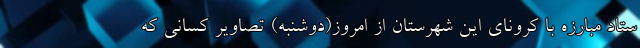
ستاد مبارزه با کرونای این شهرستان از امروز(دوشنبه) تصاویر کسانی که